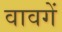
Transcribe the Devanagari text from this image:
वावगें